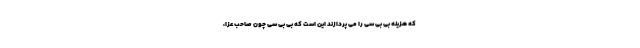
که هزینه بی بی سی را می پردازند این است که بی بی سی چون صاحب عزا،